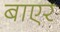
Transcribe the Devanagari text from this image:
बाएर